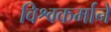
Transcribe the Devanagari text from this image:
विश्वकर्माने